Report on lock hospitals in British Burma
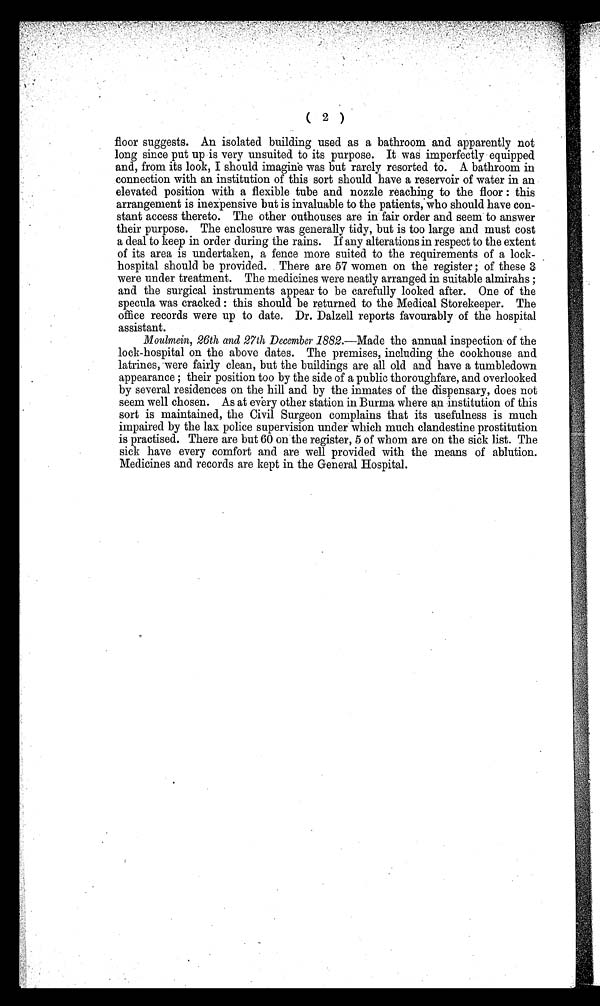
( 2 )
floor suggests. An isolated building used as a bathroom and apparently not
long since put up is very unsuited to its purpose. It was imperfectly equipped
and, from its look, I should imagine was but rarely resorted to. A bathroom in
connection with an institution of this sort should have a reservoir of water in an
elevated position with a flexible tube and nozzle reaching to the floor : this
arrangement is inexpensive but is invaluable to the patients, who should have con-
stant access thereto. The other outhouses are in fair order and seem to answer
their purpose. The enclosure was generally tidy, but is too large and must cost
a deal to keep in order during the rains. If any alterations in respect to the extent
of its area is undertaken, a fence more suited to the requirements of a lock-
hospital should be provided. There are 57 women on the register ; of these 3
were under treatment. The medicines were neatly arranged in suitable almirahs ;
and the surgical instruments appear to be carefully looked after. One of the
specula was cracked : this should be returned to the Medical Storekeeper. The
office records were up to date. Dr. Dalzell reports favourably of the hospital
assistant.
Moulmein, 26th and 27th December 1882.- Made the annual inspection of the
lock-hospital on the above dates. The premises, including the cookhouse and
latrines, were fairly clean, but the buildings are all old and have a tumbledown
appearance ; their position too by the side of a public thoroughfare, and overlooked
by several residences on the hill and by the inmates of the dispensary, does not
seem well chosen. As at every other station in Burma where an institution of this
sort is maintained, the Civil Surgeon complains that its usefulness is much
impaired by the lax police supervision under which much clandestine prostitution
is practised. There are but 60 on the register, 5 of whom are on the sick list. The
sick have every comfort and are well provided with the means of ablution.
Medicines and records are kept in the General Hospital.